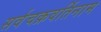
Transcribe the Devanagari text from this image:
सर्वचक्रवर्तिनाम